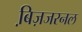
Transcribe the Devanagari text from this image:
बि़ज़जरनल